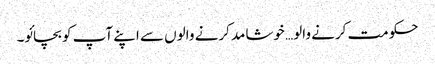
حکومت کرنے والو… خوشامد کرنے والوں سے اپنے آپ کو بچائو۔